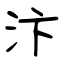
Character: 汴